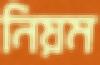
নিয়ম